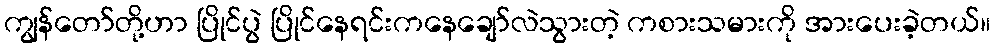
ကျွန်တော်တို့ဟာ ပြိုင်ပွဲ ပြိုင်နေရင်းကနေချော်လဲသွားတဲ့ ကစားသမားကို အားပေးခဲ့တယ်။